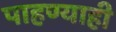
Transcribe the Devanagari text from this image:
पाहण्याही